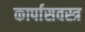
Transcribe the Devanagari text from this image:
कार्पासवस्त्र